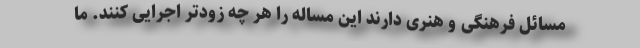
مسائل فرهنگی و هنری دارند این مساله را هر چه زودتر اجرایی کنند. ما